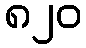
၈၂၀